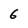
Character: 6